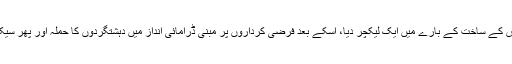
اسپیشل سیکورٹی یونٹ کے ترجمان، میجر سلیم نے طالبات کو پہلے تمام اہم ہتھیاروں کے نام اور اس کے ساخت کے بارے میں ایک لیکچر دیا، اسکے بعد فرضی کرداروں پر مبنی ڈرامائی انداز میں دہشتگردوں کا حملہ اور پھر سیکورٹی اہلکاروں کا تحفظ کے لئے پہنچ جانا اور طالبات کو ان سے تحفظ دلانا جیسی ٹریننگ پیش کی۔